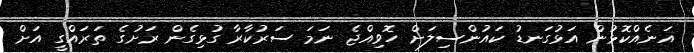
އަނެއްކޮޅުން އަޅުގަނޑު ކައުންސިލަށް ހޮވިއްޖެ ނަމަ ސަރުކާރާ ގުޅިގެން ރަށުގެ ތަރައްގީ އަށް